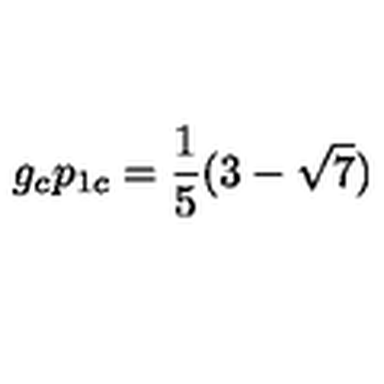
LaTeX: g _ { c } p _ { 1 c } = \frac { 1 } { 5 } ( { 3 - \sqrt { 7 } } )